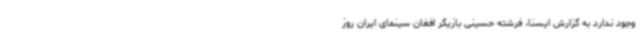
وجود ندارد به گزارش ایسنا، فرشته حسینی بازیگر افغان سینمای ایران روز